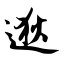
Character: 逖